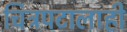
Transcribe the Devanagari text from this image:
चित्रपटालाही